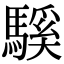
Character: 騱